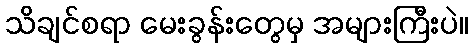
သိချင်စရာ မေးခွန်းတွေမှ အများကြီးပဲ။